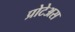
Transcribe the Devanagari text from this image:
प्रोटेअस